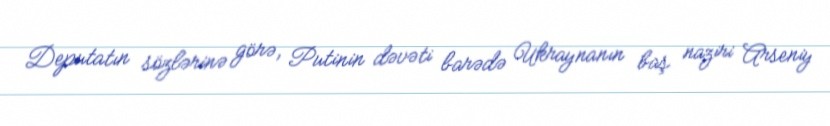
Deputatın sözlərinə görə, Putinin dəvəti barədə Ukraynanın baş naziri Arseniy